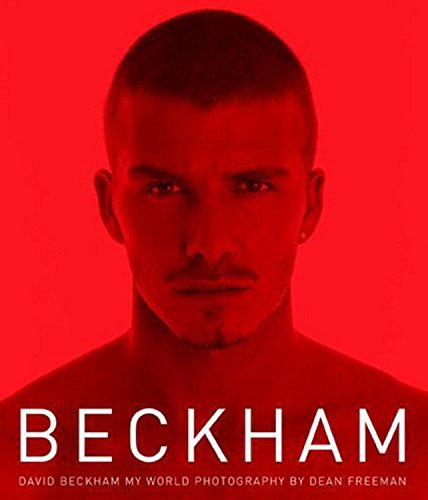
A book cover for Beckham: My World; David Beckham; Biographies & Memoirs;